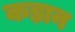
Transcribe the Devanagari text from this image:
कड़ान